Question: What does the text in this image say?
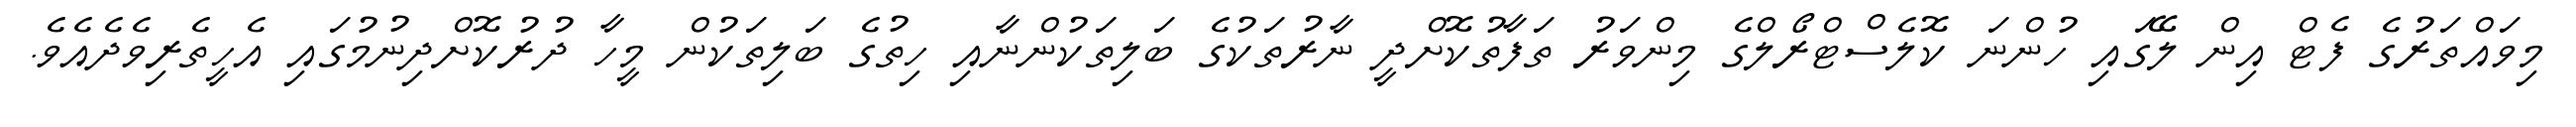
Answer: މިވައްތަރުގެ ފެޓް އިން ލޭގައި ހުންނަ ކޮލެސްޓްރޯލްގެ މިންވަރު ތަފާތުކޮށްދީ ނާރުތަކުގެ ބަލިތަކުންނާއި ހިތުގެ ބަލިތަކުން މީހާ ދުރުކޮށްދިނުމުގައި އެހީތެރިވެދެއެވެ.